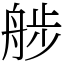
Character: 䑰